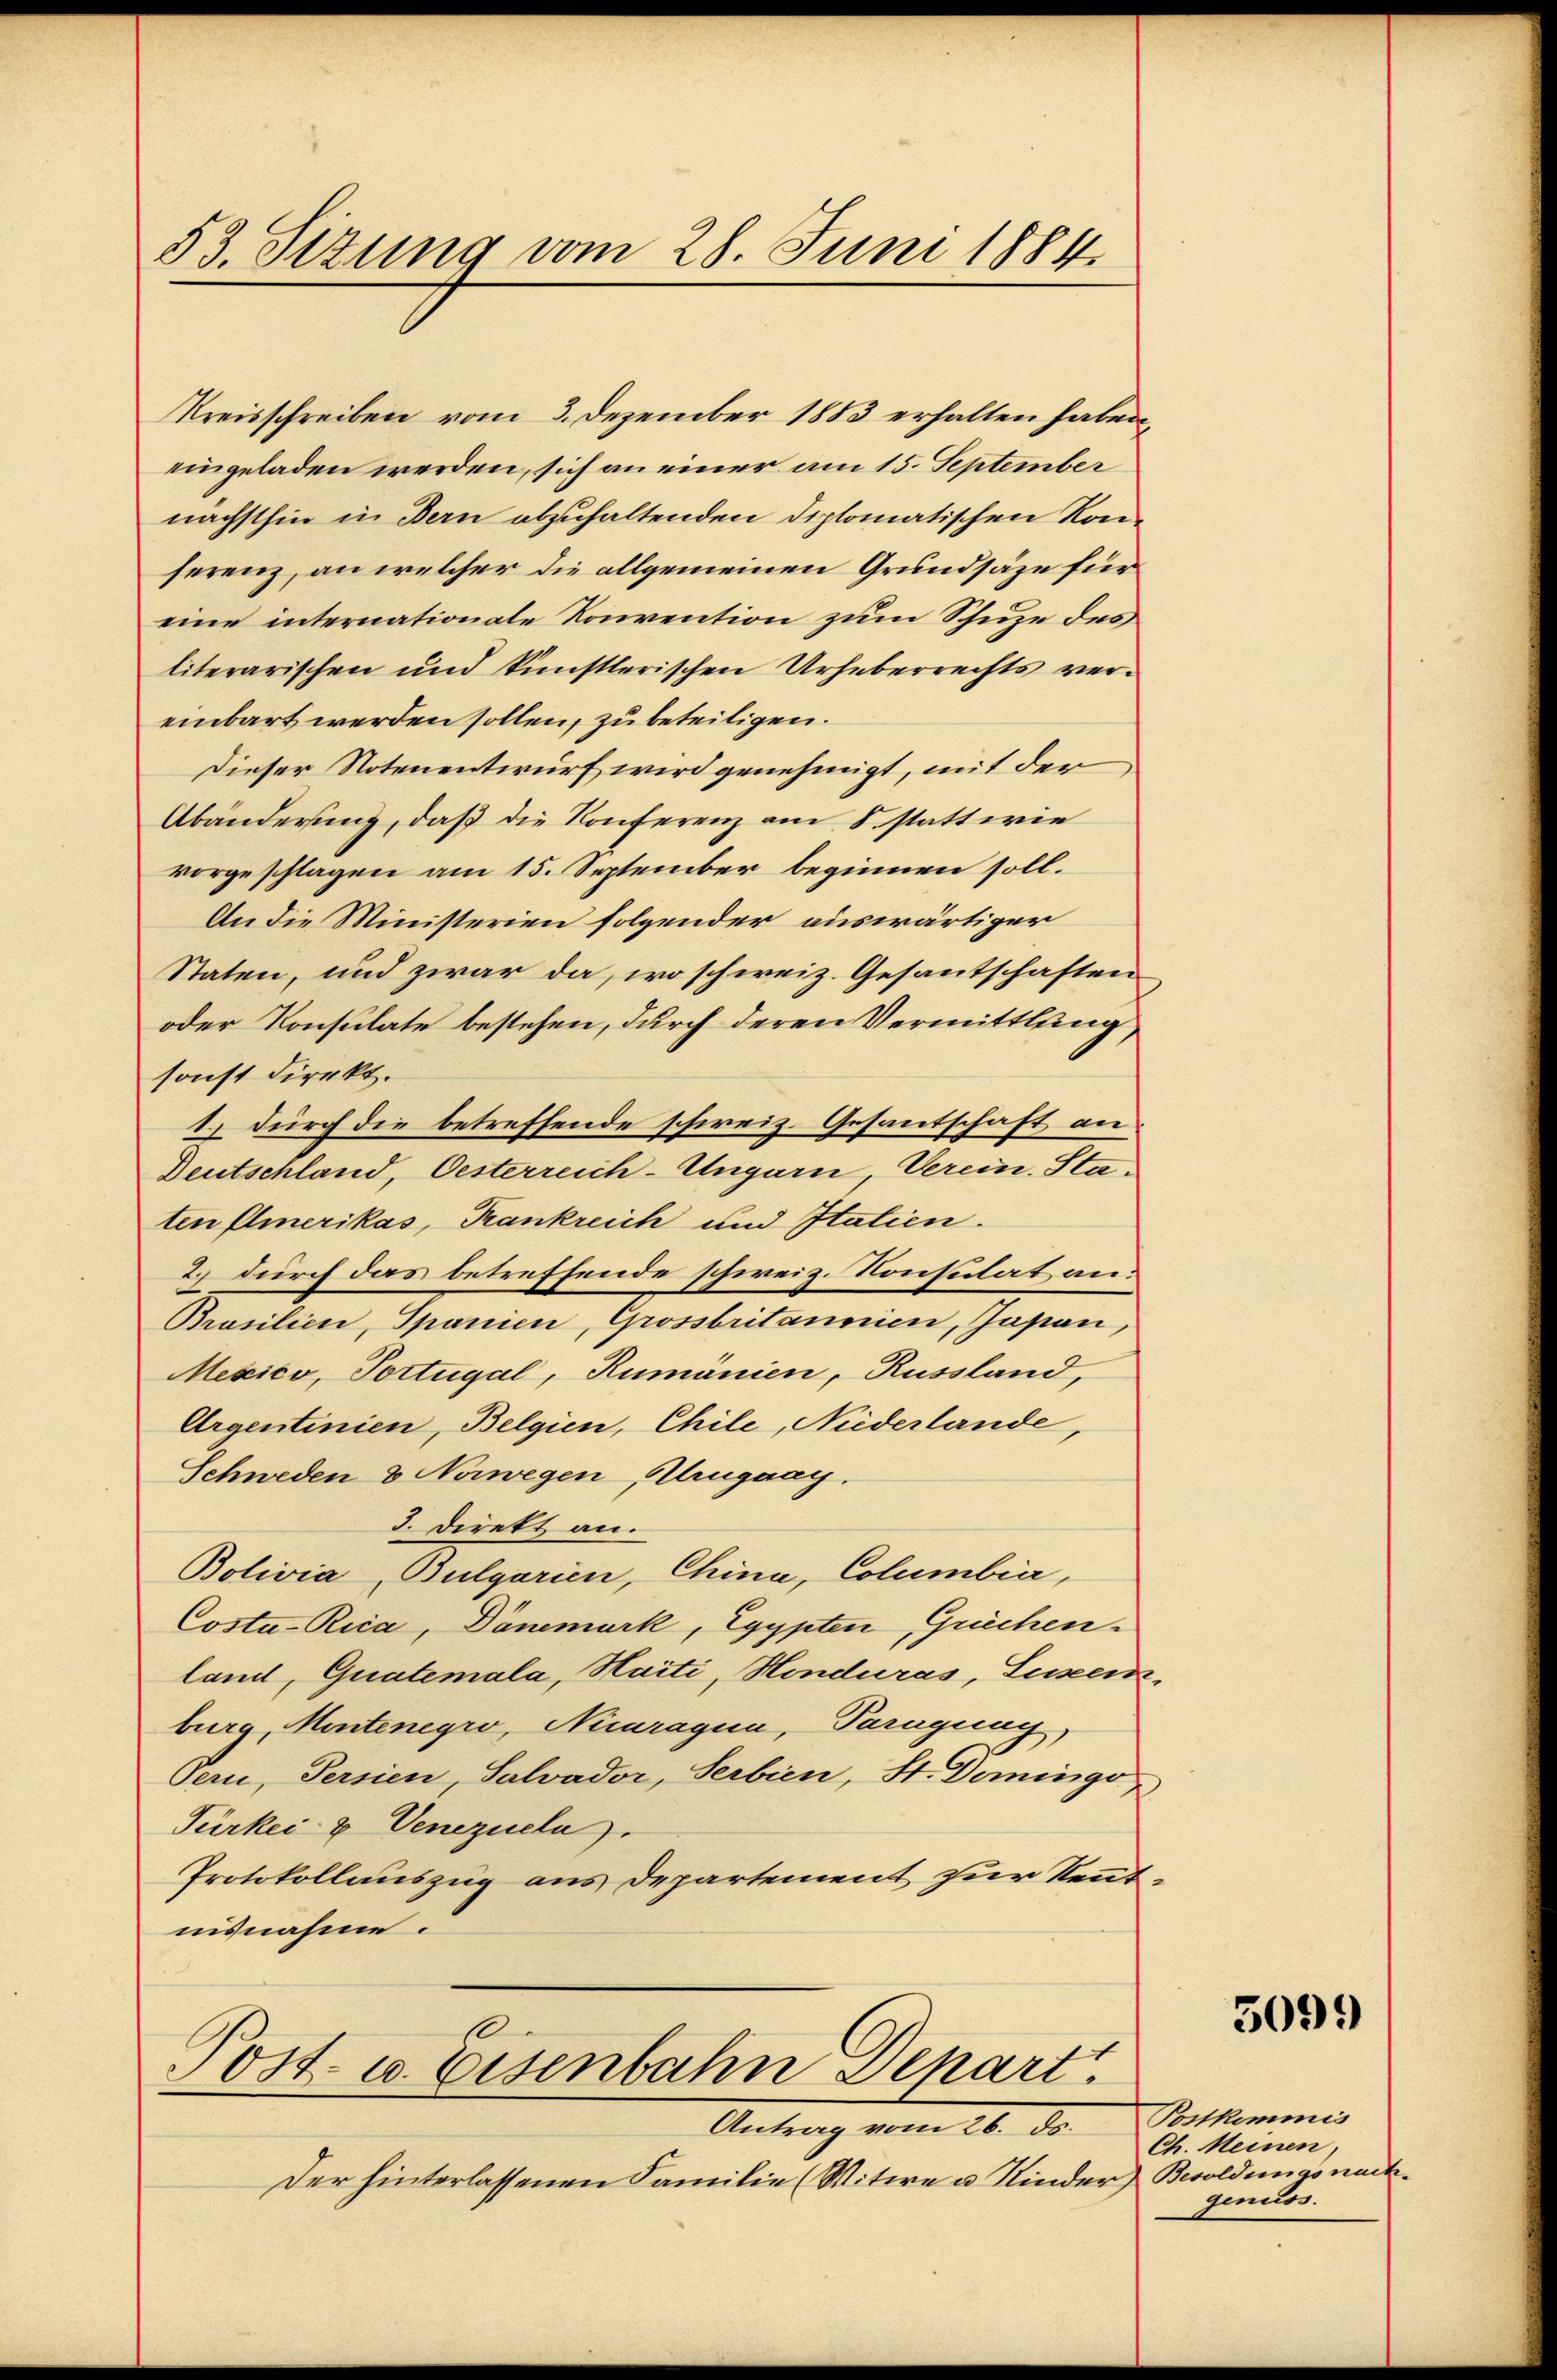
53. Sizung vom 28. Juni 1884

Kreisschreiben vom 3. Dezember 1883 erhalten haben,
eingeladen werden, sich an einer am 15. September
nächsthin in Bern abzuhaltenden Diplomatischen Konferenz, an welcher die allgemeinen Grundsäze für
eine internationale Konvention zum Schuze des
literarischen und künstlerischen Urheberrechts vereinbart werden sollen, zu beteiligen.
Dieser Notenentwurf wird genehmigt, mit der
Abänderung, daß die Konferenz am 8. statt wie
vorgeschlagen am 15. September beginnen soll.
An die Ministerien folgender auswärtiger
Staten, und zwar da, wo schweiz. Gesantschaften
oder Konsulate bestehen, durch deren Vermittlung,
sonst direkt.
2 durch die betreffende schweiz. Gesantschaft an
Deutschland, Oesterreich-Ungarn, Verein. Staten Elmerikas, Trankreich und Italien.
2.) durch das betreffende schweiz. Konsulat an:
Brasilien, Spanien, Grossbritannien, Japan,
Mexico, Portugal, Rumänien, Russland,
Argentinien, Belgien, Chile, Niederlande,
Schweden & Norwegen (Arugaay.
3. Direkt an.
Bolivia, Bulgarien, China, Columbier,
Costu-Rica, Dänemark, Egypten, Grüchenland, Guatemala, Haiti, Honduras, Luzer
burg, Mentenegro, Nicaragua, Paragung,
Oern, Persien, Salvador, Serbien, St. Domingo
Türkei & Venezuela
Protokollauszug aus Departement zur Kennt
nisnahme.

Post- u. Eisenbahn Depart

Der hinterlassenen Familie (Witwe u. Kinder Besoldungs nach¬

Antrag vom 26. ds. Postkommis

5099)

Ch. Meinen
genuss.